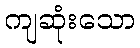
ကျဆုံးသော